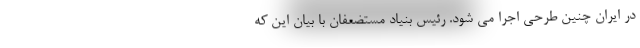
در ایران چنین طرحی اجرا می شود. رئیس بنیاد مستضعفان با بیان این که